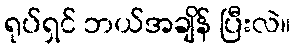
ရုပ်ရှင် ဘယ်အချိန် ပြီးလဲ။